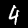
Label: 4